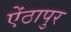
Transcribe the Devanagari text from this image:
ऐंठापुर